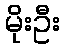
မိုးဦး